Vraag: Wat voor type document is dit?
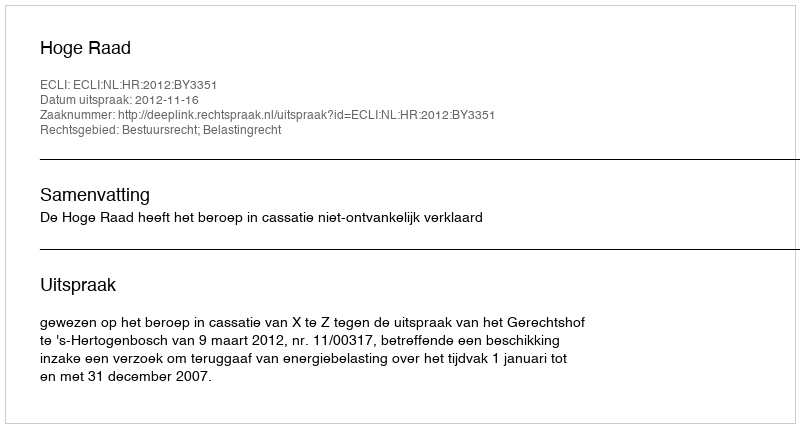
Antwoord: Uitspraak